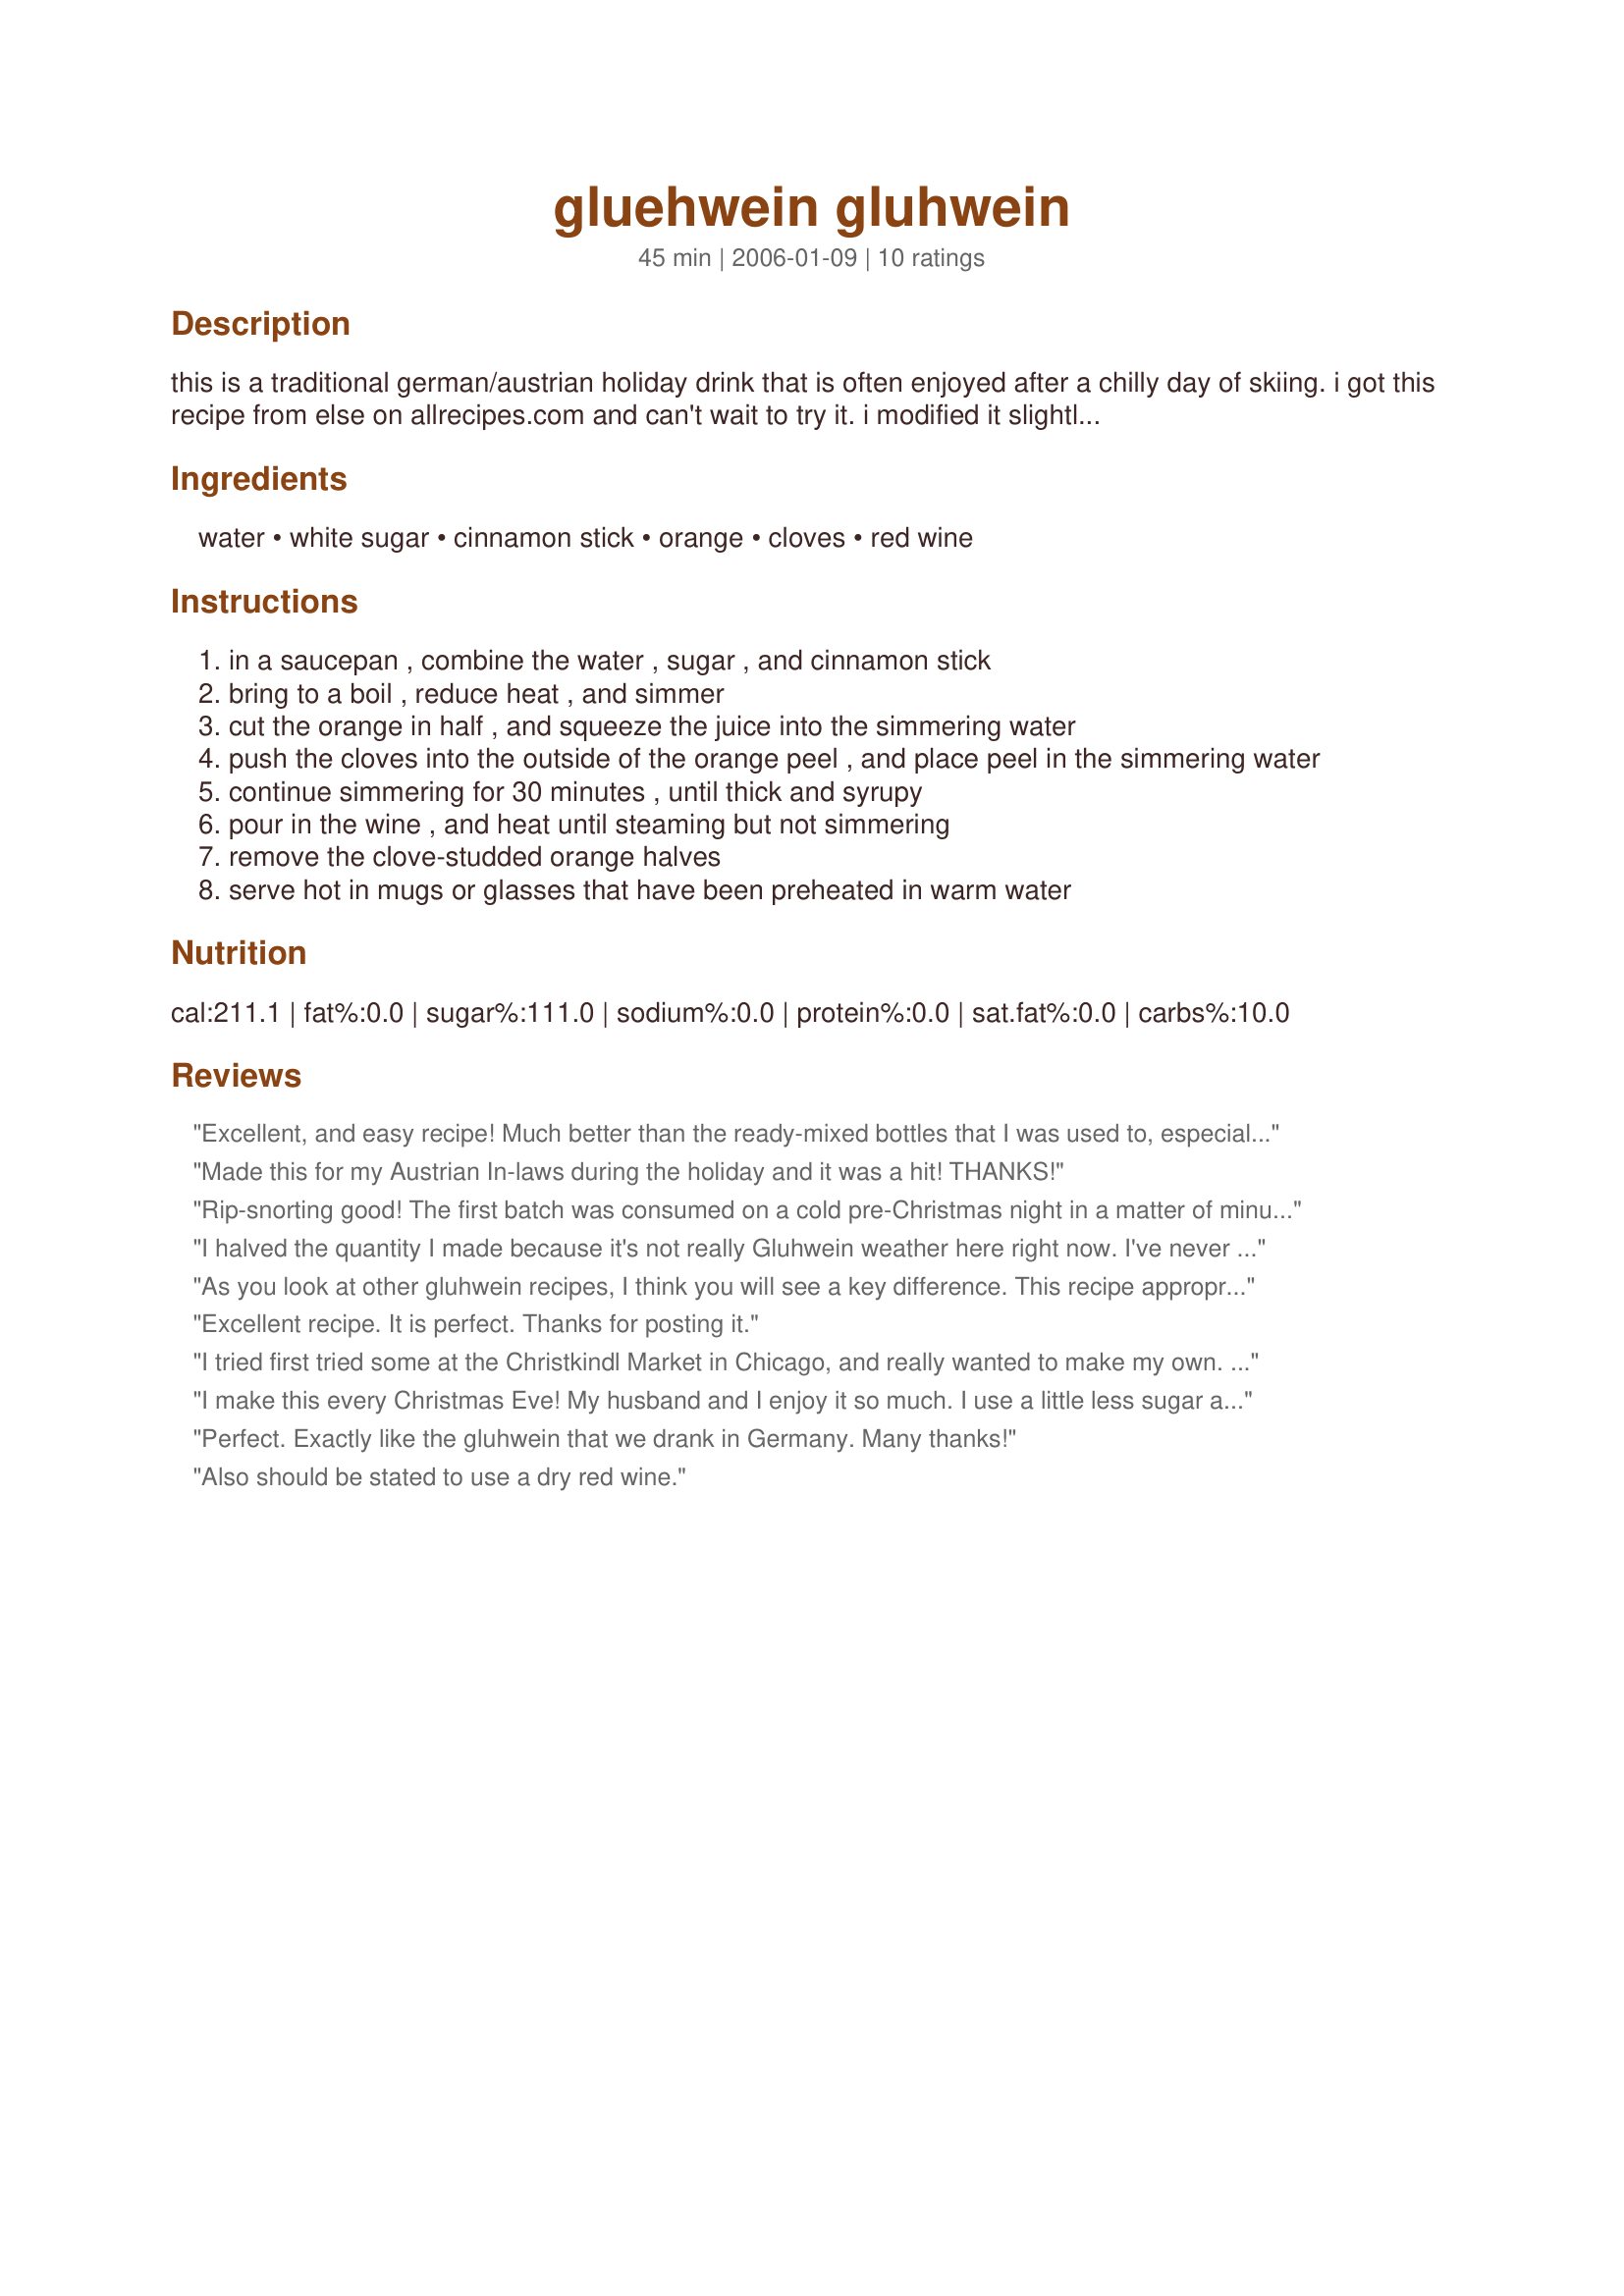
gluehwein gluhwein
Preparation time: 45 minutes

this is a traditional german/austrian holiday drink that is often enjoyed after a chilly day of skiing. i got this recipe from else on allrecipes.com and can't wait to try it. i modified it slightly based on its reviews.

Ingredients:
water, white sugar, cinnamon stick, orange, cloves, red wine

Steps:
in a saucepan , combine the water , sugar , and cinnamon stick
bring to a boil , reduce heat , and simmer
cut the orange in half , and squeeze the juice into the simmering water
push the cloves into the outside of the orange peel , and place peel in the simmering water
continue simmering for 30 minutes , until thick and syrupy
pour in the wine , and heat until steaming but not simmering
remove the clove-studded orange halves
serve hot in mugs or glasses that have been preheated in warm water

Reviews:
Excellent, and easy recipe! Much better than the ready-mixed bottles that I was used to, especially if you use a half decent bottle of wine.

A success with wintery dinner and friends!
Made this for my Austrian In-laws during the holiday and it was a hit! THANKS!
Rip-snorting good! The first batch was consumed on a cold pre-Christmas night in a matter of minutes. Near the end, the sweetness had become a bit much for me (wife still liked it), so for the next night (tonight) we went from 3/4 &amp; 3/4 on the sugar/water to 1/2 &amp; 1/2.... but doubled the batch :) I like it like this, a bit less sweet... I think this will be made for at least the next three nights to get us through this 2016 Christmas weekend! Thanks for posting, this one is a KEEPER!
I halved the quantity I made because it's not really Gluhwein weather here right now. I've never made Gluwein before; just enjoyed it! Very easy to make and I'm really looking forward to making this again in winter. I used orange juice and merlot (& no water). Very delicious! Thank you for sharing this recipe, Kree. Wunderbar!
As you look at other gluhwein recipes, I think you will see a key difference. This recipe appropriately adds the wine at the end and only until warmed, thereby maintaining the alcohol content of the wine. Fantastic recipe. I made some prior to Thanksgiving dinner prep and put it into a good coffee carafe... Enjoyed it for the subsequent 4 hours. Thanks for posting!
Excellent recipe. It is perfect. Thanks for posting it.
I tried first tried some at the Christkindl Market in Chicago, and really wanted to make my own. After following this recipe it tasted exactly the same! Warms you up on the coldest days. 0
I make this every Christmas Eve! My husband and I enjoy it so much. I use a little less sugar and water, and sometimes I add a few lemon slices too. Great for cold winter nightw or holiday parties.
Perfect. Exactly like the gluhwein that we drank in Germany. Many thanks!
Also should be stated to use a dry red wine.
